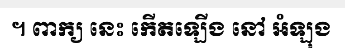
។ ពាក្យ នេះ កើតឡើង នៅ អំឡុង